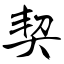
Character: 契